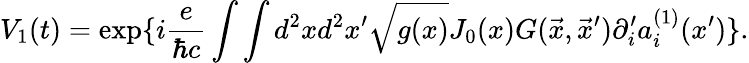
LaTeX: V_{1}(t)=\exp\{ i{\frac{e}{\hbar c}}\int\int d^{2}xd^{2}x^{\prime}\sqrt{g(x)}J_{0}(x)G(\vec{x},\vec{x}^{\prime})\partial_{i}^{\prime}a_{i}^{(1)}(x^{\prime})\} .